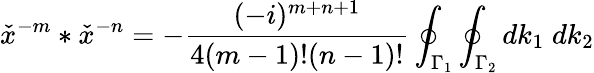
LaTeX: {\check{x}}^{-m}\ast{\check{x}}^{-n}=-\frac{(-i)^{m+n+1}}{4(m-1)!(n-1)!}\oint_{{\Gamma}_{1}}\oint_{{\Gamma}_{2}}dk_{1}\; dk_{2}